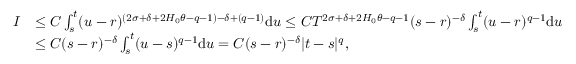
\begin{array} { r l } { I } & { \le C \int _ { s } ^ { t } ( u - r ) ^ { ( 2 \sigma + \delta + 2 H _ { 0 } \theta - q - 1 ) - \delta + ( q - 1 ) } \ensuremath { \mathrm { d } } u \le C T ^ { 2 \sigma + \delta + 2 H _ { 0 } \theta - q - 1 } ( s - r ) ^ { - \delta } \int _ { s } ^ { t } ( u - r ) ^ { q - 1 } \ensuremath { \mathrm { d } } u } \\ & { \le C ( s - r ) ^ { - \delta } \int _ { s } ^ { t } ( u - s ) ^ { q - 1 } \ensuremath { \mathrm { d } } u = C ( s - r ) ^ { - \delta } | t - s | ^ { q } , } \end{array}